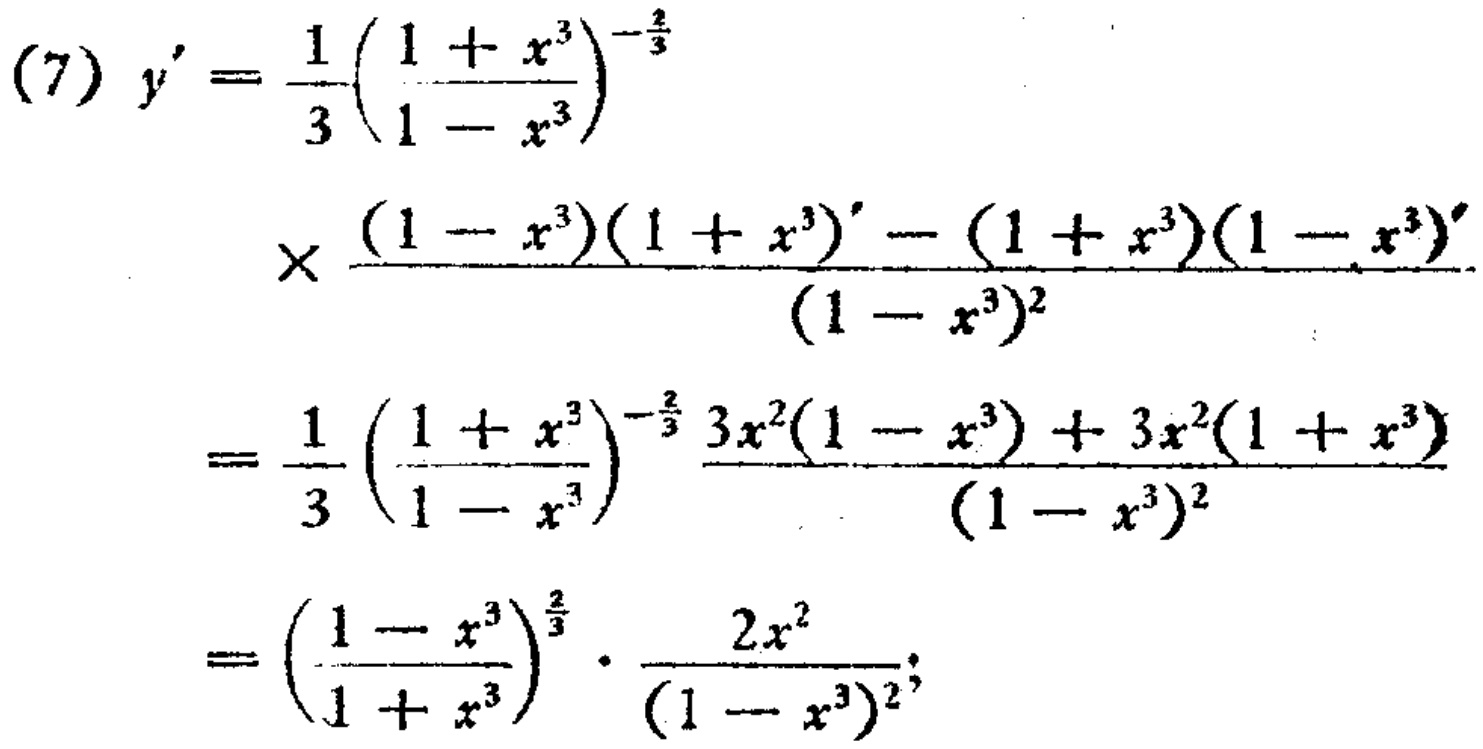
\begin{align*}
(7) y'&=\frac{1}{3}\left(\frac{1 + x^{3}}{1 - x^{3}}\right)^{-\frac{2}{3}}\\
&\times\frac{(1 - x^{3})(1 + x^{3})' - (1 + x^{3})(1 - x^{3})'}{(1 - x^{3})^{2}}\\
&=\frac{1}{3}\left(\frac{1 + x^{3}}{1 - x^{3}}\right)^{-\frac{2}{3}}\frac{3x^{2}(1 - x^{3}) + 3x^{2}(1 + x^{3})}{(1 - x^{3})^{2}}\\
&=\left(\frac{1 - x^{3}}{1 + x^{3}}\right)^{\frac{2}{3}}\cdot\frac{2x^{2}}{(1 - x^{3})^{2}};
\end{align*}